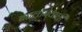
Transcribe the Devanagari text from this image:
बतलानेवाली